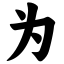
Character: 为